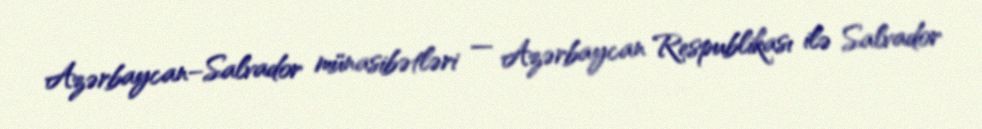
Azərbaycan–Salvador münasibətləri — Azərbaycan Respublikası ilə Salvador